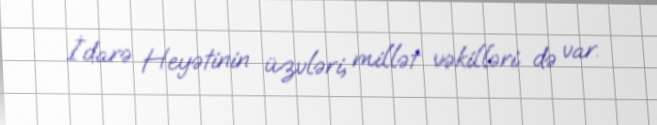
İdarə Heyətinin üzvləri, millət vəkilləri də var.